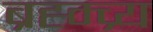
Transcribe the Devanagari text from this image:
ब्रह्म्च्र्य